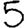
Digit: 5